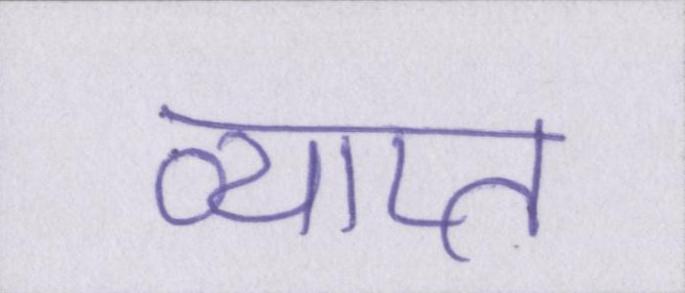
व्याप्त